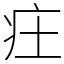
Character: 㽵